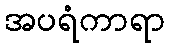
အပရံကာရာ